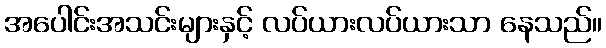
အပေါင်းအသင်းများနှင့် လပ်ယားလပ်ယားသာ နေသည်။